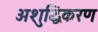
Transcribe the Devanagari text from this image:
अशुद्धिकरण